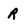
Character: R